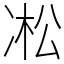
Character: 凇